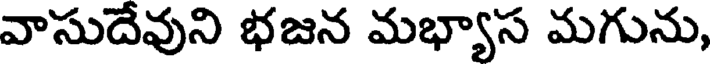
వాసుదేవుని భజన మభ్యాస మగును,